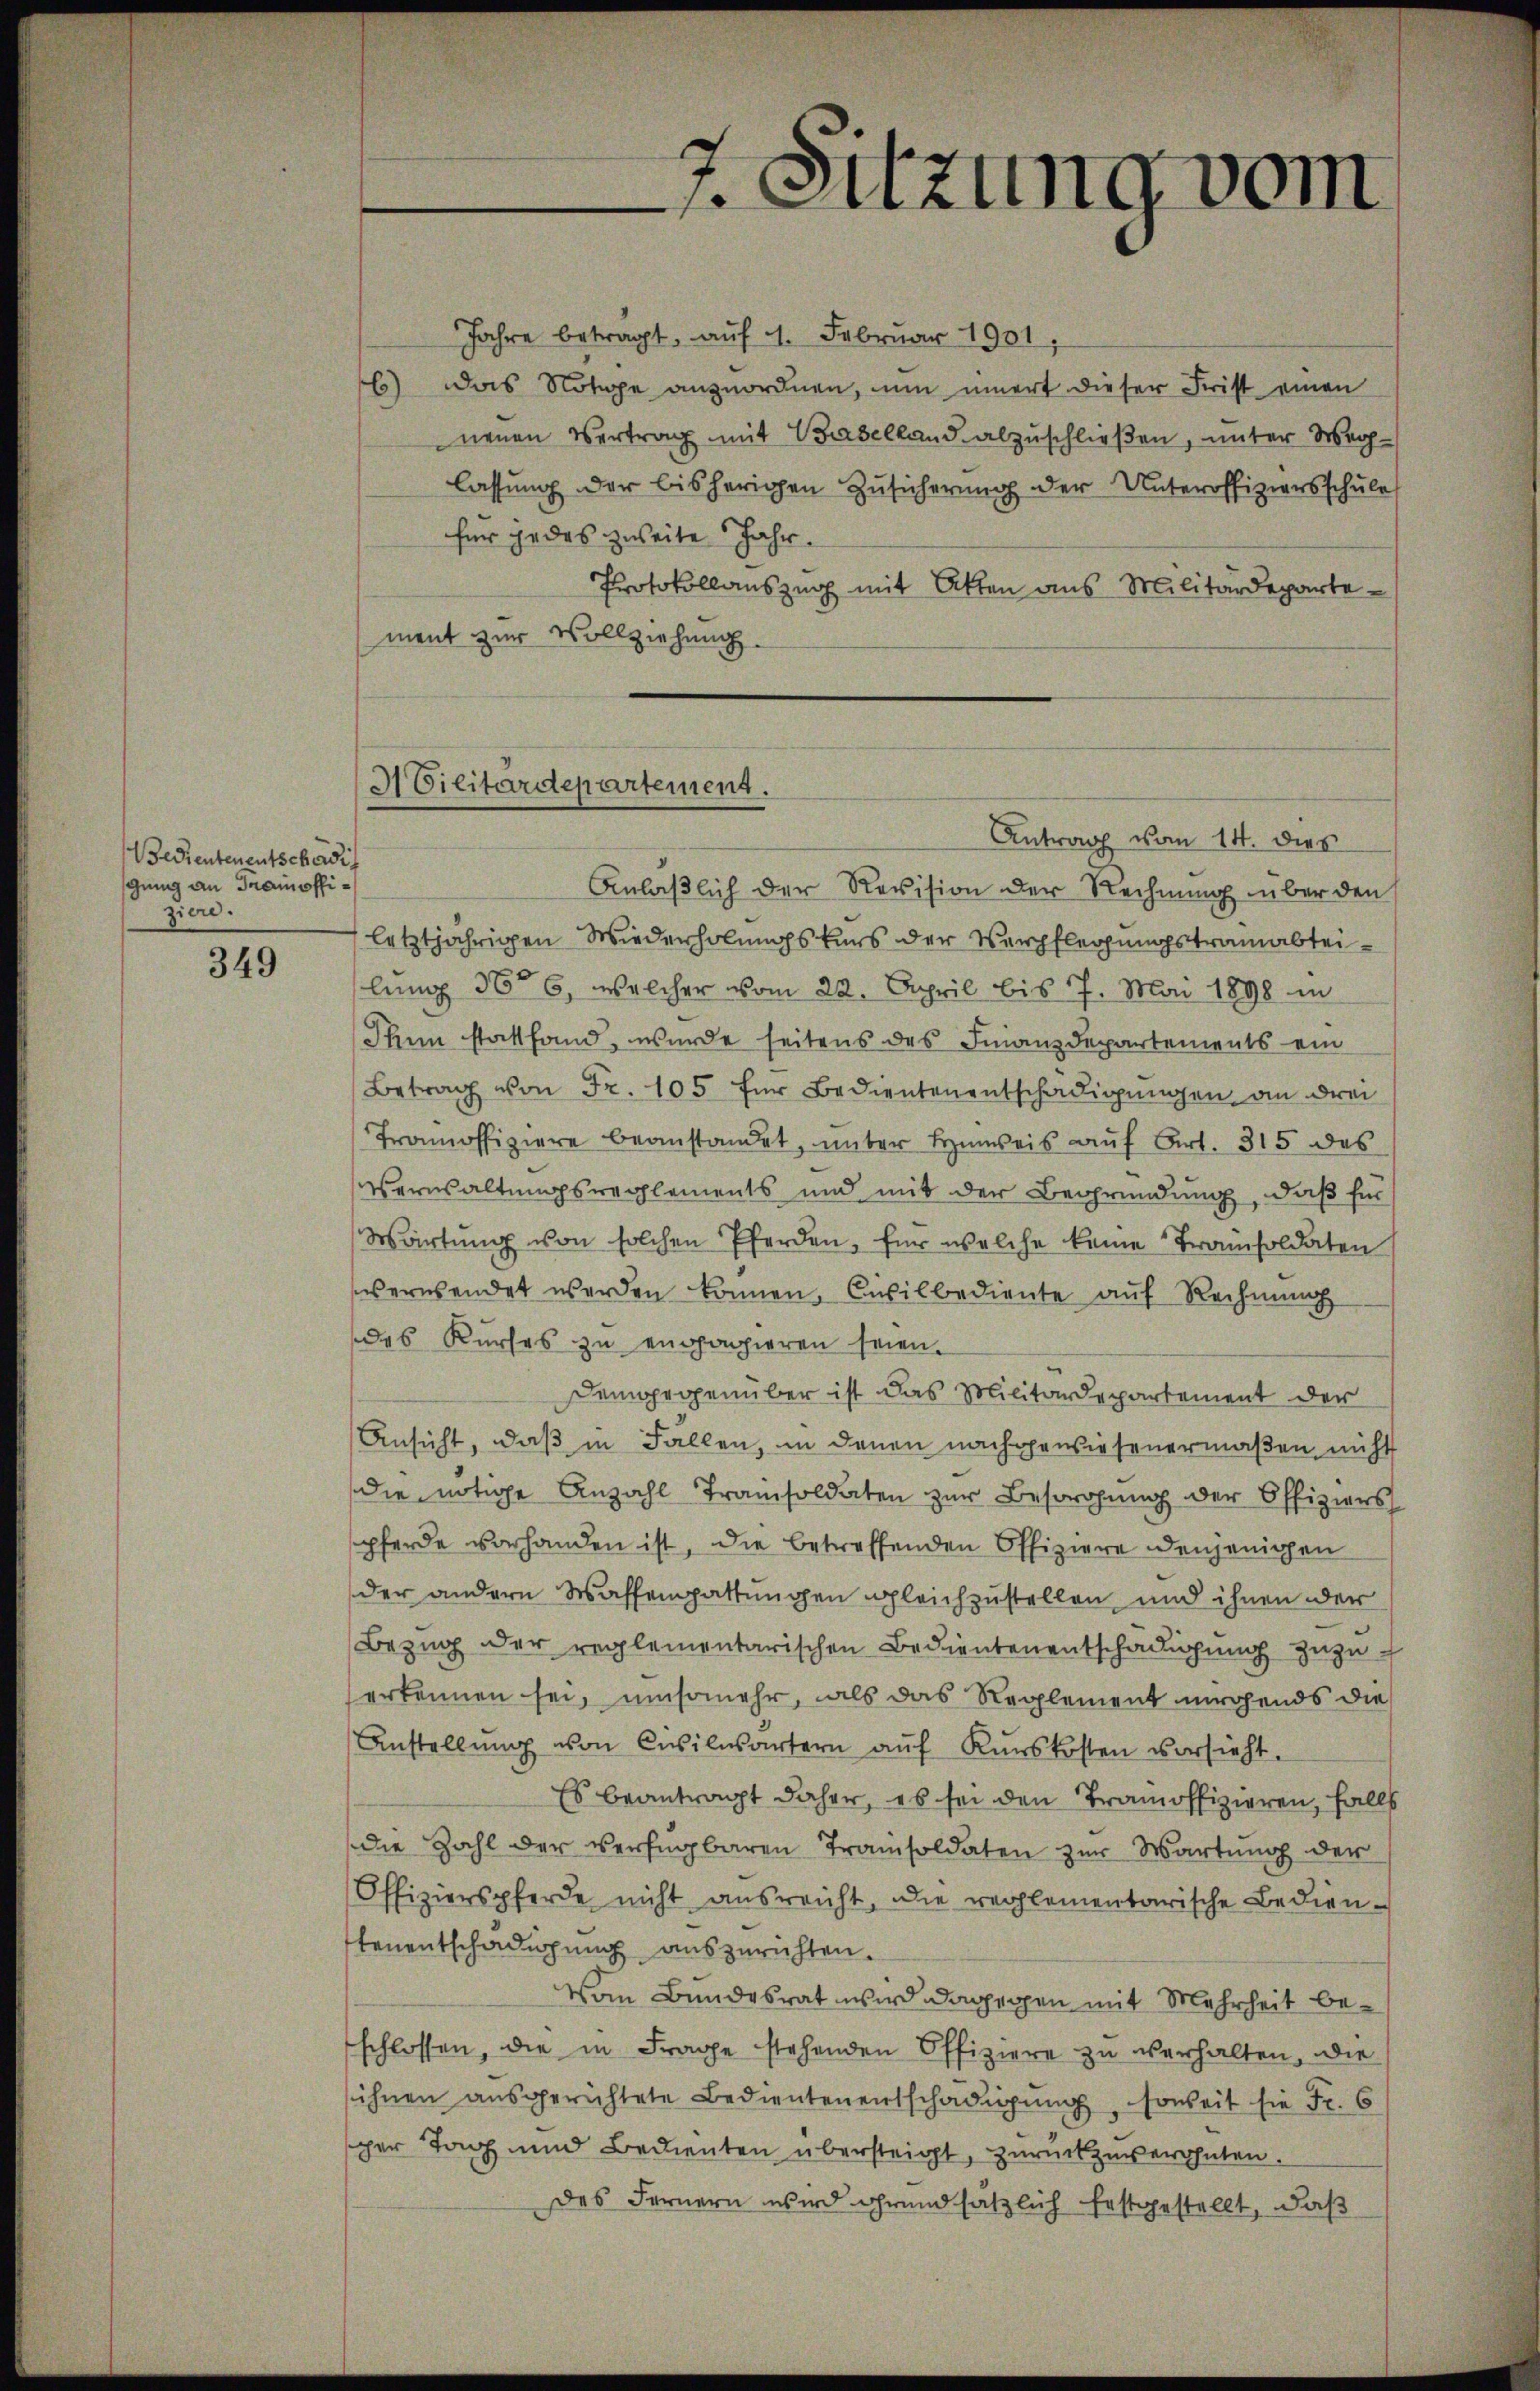
Bedientenentschädig
gung an Trainoffiziere.

349

Protokollauszug mit Akten aus Militärdepartement zur Vollziehung

7. Sitzung vom

3 Cicitardepartement.
Antrag vom 14. dies
Anlaßlich der Revision der Rechnung über den

Jahre betragt, auf 4. Februar 1901
) das Nötige anzuordnen, um innert dieser Frist einen
nenen Vertrag mit Baselland abzuschließen, unter Wechlassung der bisherigen Zusicherung der Unteroffiziersschule
für jedes zweite Jahr.
letztjährigen Wiederholungskurs der Verpflegungstramabteilung 366, welcher vom 22. April bis 7. Mai 1898 in
Thun stattfand, wurde seitens des Finanzdepartements ein
Betrag von Fr. 105 für Bedientenentschädigungen, an drei
Tramoffiziere beanstandet, ŭnter Hinweis aŭf Art. 315 des
Verwaltungsreglements und mit der Begründung, daß für
Wärtŭng von solchen Pferden, für welche keine Tramisoldaten
serwendet werden können. Civilbediente auf Rechnung
des Kurses zu engagieren seien.
Demgegenüber ist das Militärdepartement der
Ansicht, daß in Fallen, in denen nachgewiesenermaßen nicht
die nötige Anzahl Tramisoldaten zur Besorgung der Offiziers
pferde vorhanden ist, die betreffenden Offiziere denjenigen
der andern Waffengattungen gleichzustellen und ihnen der
Bezug der reglementarischen Bedientenentschädigŭng zuzuerkennen sei, umsomehr, als das Reglement nirgends die
Anstellŭng von Civilwärtern aŭf Kŭnskosten vorsieht.
Es beantragt daher, es sei den Tramoffizieren, falls
die Zahl der verfügbaren Trainsoldaten zur Wartung der
Offizierspferde nicht ausreicht, die reglementarische Bedientenentschädigung auszurichten.
Vom Bundesrat wird dagegen mit Mehrheit beschlossen, die in Frage stehenden Offiziere zu verhalten, die
ihnen aŭsgerichtete Bedientenentschädigŭng, soweit sie Fr. 6
ger Tag und Bedienten übersteigt, zurückzuverhüten.
des Fernern wird grundsätzlich festgestellt, daß